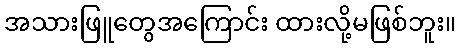
အသားဖြူတွေအကြောင်း ထားလို့မဖြစ်ဘူး။